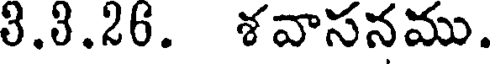
3.3.26. శవాసనము.